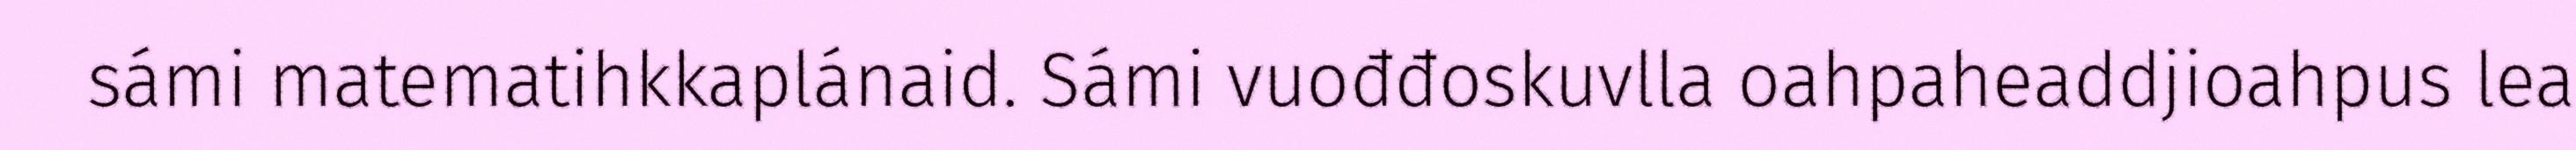
sámi matematihkkaplánaid. Sámi vuođđoskuvlla oahpaheaddjioahpus lea